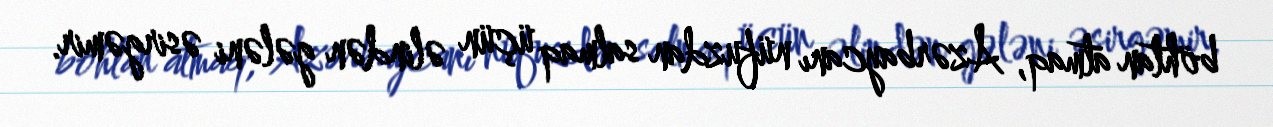
böhtan atmaq, Azərbaycanı nüfuzdan salmaq üçün əlindən gələni əsirgəmir.